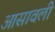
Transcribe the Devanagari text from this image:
आसावली